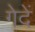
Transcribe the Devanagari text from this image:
गेदें